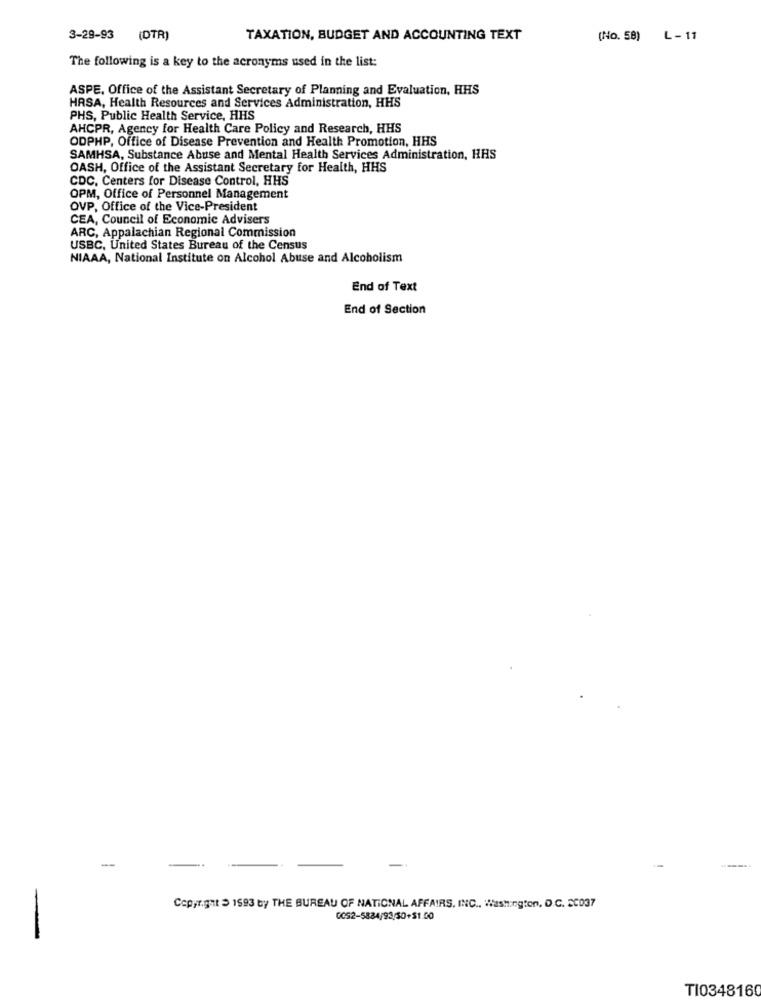
3-29-93 (DTR)
TAXATION, BUDGET AND ACCOUNTING TEXT
(No. 58) L - 11
The following is a key to the acronyms used in the list:
ASPE, Office of the Assistant Secretary of Planning and Evaluation, HHS
HRSA, Health Resources and Services Administration, HHS
PHS, Public Health Service, HHS
AHCPR, Agency for Health Care Policy and Research, HHS
ODPHP, Office of Disease Prevention and Health Promotion, HHS
SAMHSA, Substance Abuse and Mental Health Services Administration, HHS
OASH, Office of the Assistant Secretary for Health, HHS
CDC, Centers for Disease Control, HHS
OPM, Office of Personnel Management
OVP, Office of the Vice-President
CEA, Council of Economic Advisers
ARC, Appalachian Regional Commission
USBC. United States Bureau of the Census
NIAAA, National Institute on Alcohol Abuse and Alcoholism
End of Text
End of Section
--
Copyright 3 1593 by THE BUREAU OF NATIONAL AFFAIRS, INC ., Washington, D.C. 20037
CC52-5884/93/50+$1.00
TI0348160